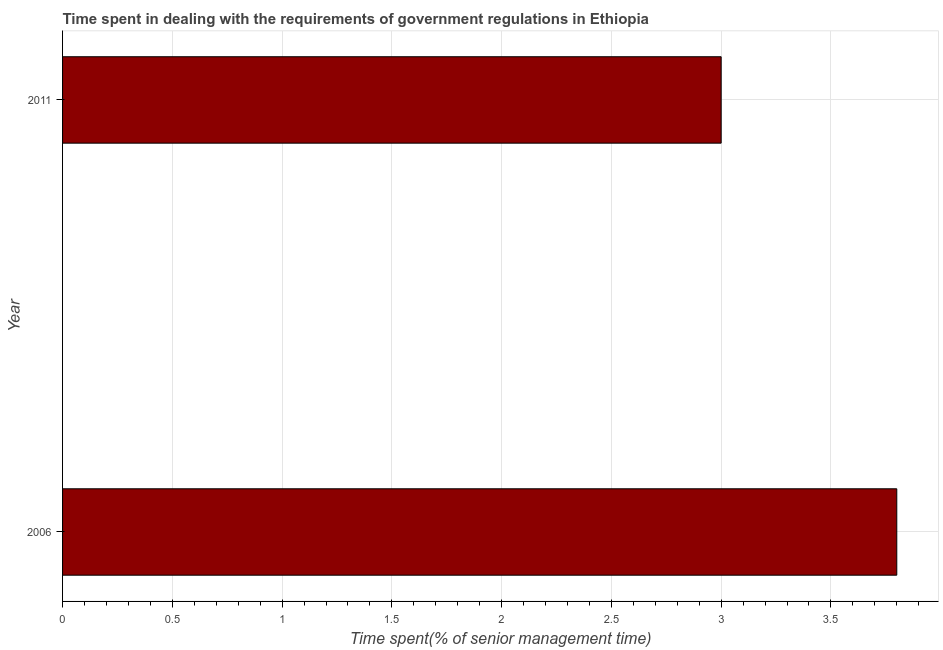
| Year | Government regulations |
 | --- | --- |
 | 2006 | 3.8 |
 | 2011 | 3 |